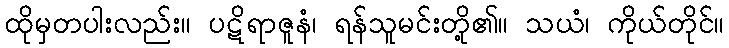
ထိုမှတပါးလည်း။ ပဋိရာဇူနံ၊ ရန်သူမင်းတို့၏။ သယံ၊ ကိုယ်တိုင်။